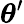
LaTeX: {\boldsymbol{\theta}}^{\prime}